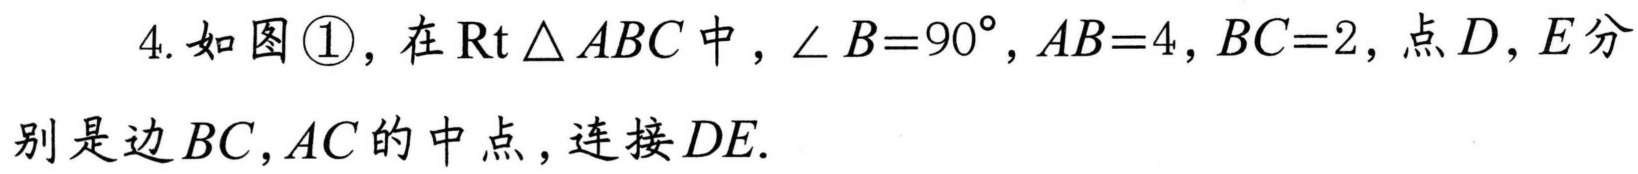
4. 如图\textcircled{1}，在\(\text{Rt}\triangle ABC\)中，\(\angle B = 90^{\circ}\)，\(AB = 4\)，\(BC = 2\)，点\(D\)，\(E\)分别是边\(BC\)，\(AC\)的中点，连接\(DE\).